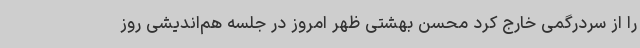
را از سردرگمی خارج کرد محسن بهشتی ظهر امروز در جلسه هم‌اندیشی روز